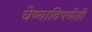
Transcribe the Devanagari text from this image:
घेण्याविषयीही